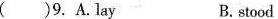
( )9. A.Lay B. stood